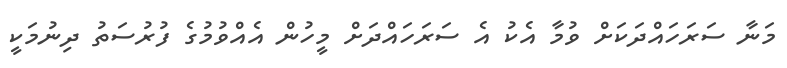
މަނާ ސަރަހައްދަކަށް ވުމާ އެކު އެ ސަރަހައްދަށް މީހުން އެއްވުމުގެ ފުރުސަތު ދިނުމަކީ